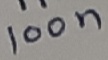
Text: 100n